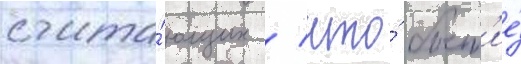
счита́ющих / что́ быт'ие́